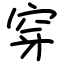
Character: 穿